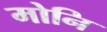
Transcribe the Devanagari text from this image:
मोनि